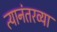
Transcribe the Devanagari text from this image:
त्यानंतरव्या